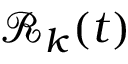
\mathcal { R } _ { k } ( t )